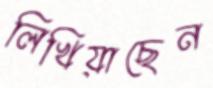
লিখিয়াছেন